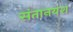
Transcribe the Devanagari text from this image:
संतानयश